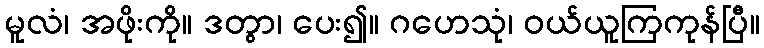
မူလံ၊ အဖိုးကို။ ဒတွာ၊ ပေး၍။ ဂဟေသုံ၊ ဝယ်ယူကြကုန်ပြီ။